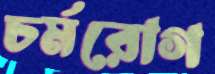
চর্মরোগ